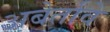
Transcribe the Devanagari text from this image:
अबेर्तावे